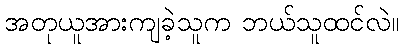
အတုယူအားကျခဲ့သူက ဘယ်သူထင်လဲ။